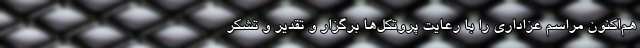
هم‌اکنون مراسم عزاداری را با رعایت پروتکل‌ها برگزار و تقدیر و تشکر